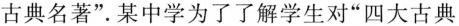
古典名著”某中学为了了解学生对”四大古典